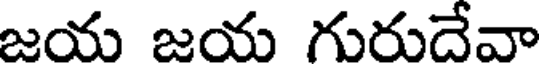
జయ జయ గురుదేవా